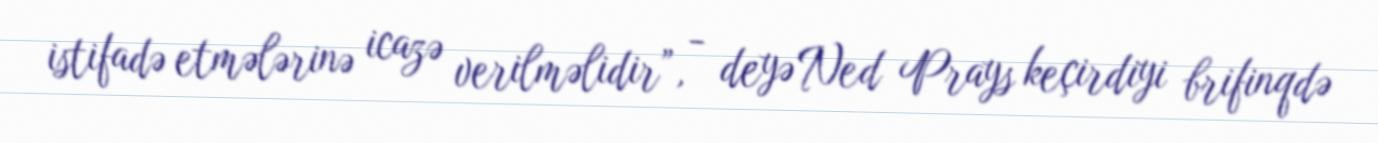
istifadə etmələrinə icazə verilməlidir”, - deyə Ned Prays keçirdiyi brifinqdə